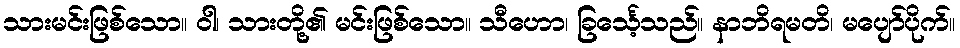
သားမင်းဖြစ်သော။ ဝါ၊ သားတို့၏ မင်းဖြစ်သော။ သီဟော၊ ခြင်္သေ့သည်။ နာဘိရမတိ၊ မပျော်ပိုက်။